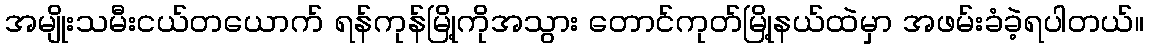
အမျိုးသမီးငယ်တယောက် ရန်ကုန်မြို့ကိုအသွား တောင်ကုတ်မြို့နယ်ထဲမှာ အဖမ်းခံခဲ့ရပါတယ်။